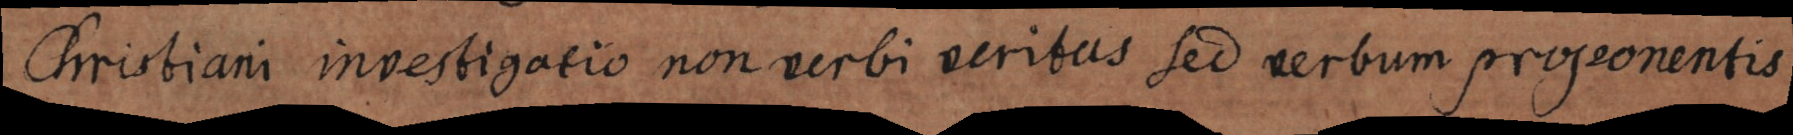
Christiani investigatio non verbi veritas sed verbum proponentis